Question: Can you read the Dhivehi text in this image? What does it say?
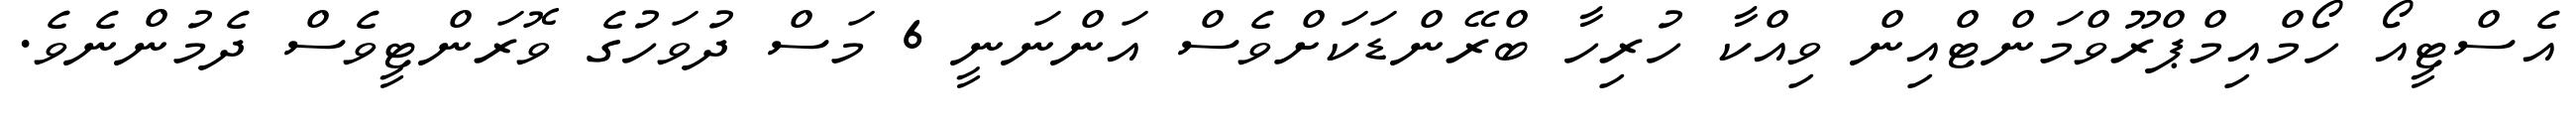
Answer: އެސްޓީއޯ ހޯމްއިމްޕްރޫވްމަންޓްއިން ވިއްކާ ހުރިހާ ބްރޭންޑަކަށްވެސް އަންނަނީ 6 މަސް ދުވަހުގެ ވޮރަންޓީވެސް ދެމުންނެވެ.